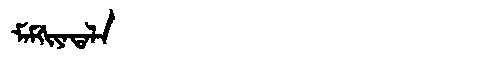
Manchu: ᠮᠠᠮᡤᡳᠶᠠᡨᠠᠯᠠ
Romanization: MAMGIYATALA